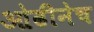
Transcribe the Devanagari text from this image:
ओढीनेच